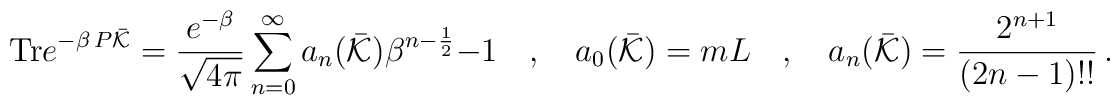
{\rm Tr} e^{-\beta \, P \bar{\cal K}}=\frac{e^{-\beta}}{\sqrt{4\pi}}\sum_{n=0}^\infty a_n(\bar{\cal K})\beta^{n-\frac{1}{2}}-1 \hspace{0.4cm}, \hspace{0.4cm}a_0(\bar{\cal K})=m L \hspace{0.4cm}, \hspace{0.4cm}a_{n}(\bar{\cal K})=\frac{2^{n+1}}{(2n-1)!!}\,.